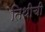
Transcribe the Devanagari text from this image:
तिथीची